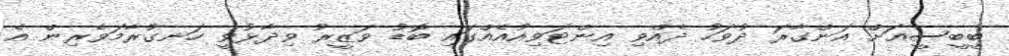
ބީބީސީއަށް އަންގާރަ ދުވަހު ދެއްވި އިންޓަވިއުއެއްގައި ބޮޑު ވަޒީރު ވިދާޅުވީ ހަނގުރާމަވެރިން އެ